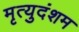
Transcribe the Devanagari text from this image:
मृत्युदंशम